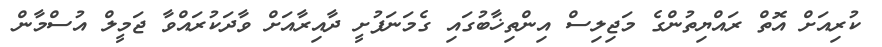
ކުރިއަށް އޮތް ރައްޔިތުންގެ މަޖިލިސް އިންތިޚާބުގައި ގެމަނަފުށީ ދާއިރާއަށް ވާދަކުރައްވާ ޖަމީލް އުސްމާން